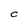
Character: C